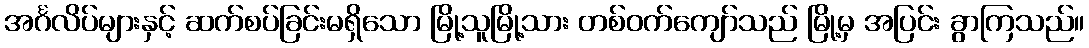
အင်္ဂလိပ်များနှင့် ဆက်စပ်ခြင်းမရှိသော မြို့သူမြို့သား တစ်ဝက်ကျော်သည် မြို့မှ အပြင်း ခွာကြသည်။